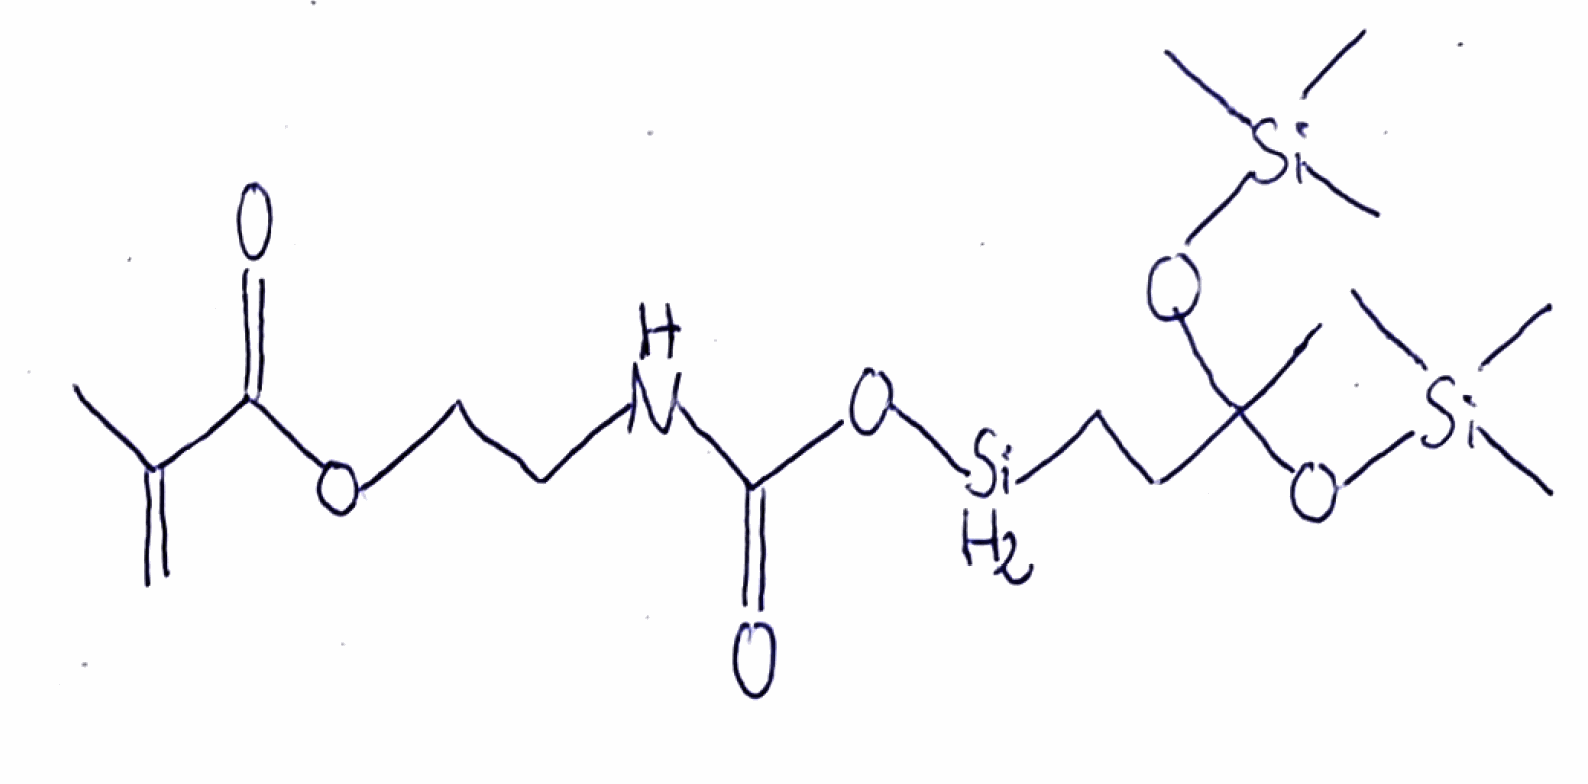
Simplified molecular-input line-entry system (SMILES) notation of the given molecule:
CC(=C)C(=O)OCCNC(=O)O[SiH2]CCC(C)(O[Si](C)(C)C)O[Si](C)(C)C